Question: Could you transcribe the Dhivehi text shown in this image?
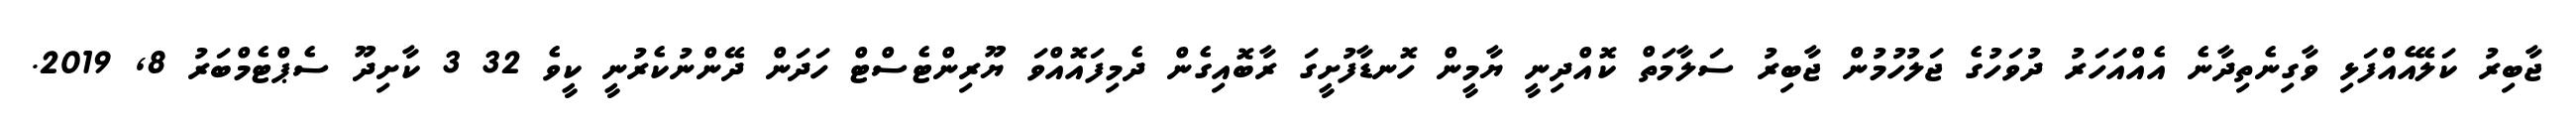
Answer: ޖާބިރު ކަލޭއެއްފަޅި ވާގިނެތިދާނެ އެއްއަހަރު ދުވަހުގެ ޖަލުހުމުން ޖާބިރު ސަލާމަތް ކޮއްދިނީ ޔާމީން ހޮނޑާފުށީގަ ރާބޮއިގެން ދެމިފައޮއްވަ ޔޫރިންޓެސްޓް ހަދަން ދޭންނުކެރުނީ ކީވެ 32 3 ކާށިދޫ ސެޕްޓެމްބަރު 8, 2019.